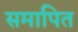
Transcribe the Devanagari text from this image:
समापित